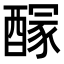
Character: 𨢊